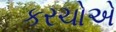
કરચોએ